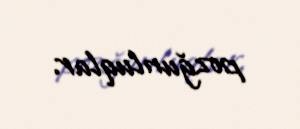
pozğunluqlar.